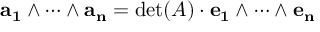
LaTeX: \mathbf { a _ { 1 } } \wedge \dots \wedge \mathbf { a _ { n } } = \operatorname* { d e t } ( A ) \cdot \mathbf { e _ { 1 } } \wedge \dots \wedge \mathbf { e _ { n } }